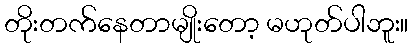
တိုးတက်နေတာမျိုးတော့ မဟုတ်ပါဘူး။